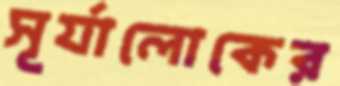
সূর্যালোকের